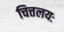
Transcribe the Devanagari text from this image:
चित्तलयः